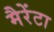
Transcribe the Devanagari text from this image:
मैरेंटा